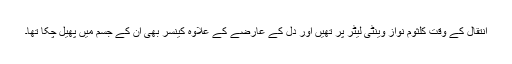
انتقال کے وقت کلثوم نواز وینٹی لیٹر پر تھیں اور دل کے عارضے کے علاوہ کینسر بھی ان کے جسم میں پھیل چکا تھا۔